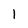
Character: 1